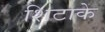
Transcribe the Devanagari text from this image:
शिटाके